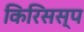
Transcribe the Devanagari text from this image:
किरिसस्प